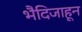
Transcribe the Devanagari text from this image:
भैदिजाहून